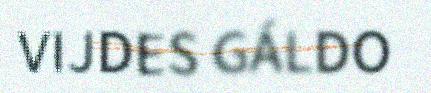
VIJDES GÁLDO